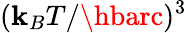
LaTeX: (\mathbf{k}_{B}T/\hbarc)^{3}